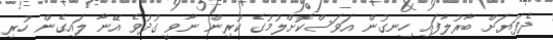
ދެފަޔަށް ބާރުލާފައި ހިނގުން އަވަސްކޮށްލުމުގެ ކުރިން ނާވީ ގުދުވެ އޭނާ ލައިގެން ހުރި